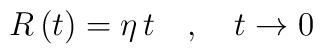
R\left( t\right) =\eta \,t\quad ,\quad t\rightarrow 0